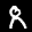
Label: 8